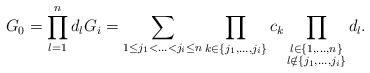
\begin{align*} G_0=\prod_{l=1}^n d_lG_i=\sum_{1\leq j_1<\ldots<j_i\leq n}\prod_{k\in\left\{j_1,\ldots,j_i\right\}}c_k\prod_{\substack{l\in\left\{1,\ldots,n\right\}\\l\notin\left\{j_1,\ldots,j_i\right\}}}d_l. \end{align*}